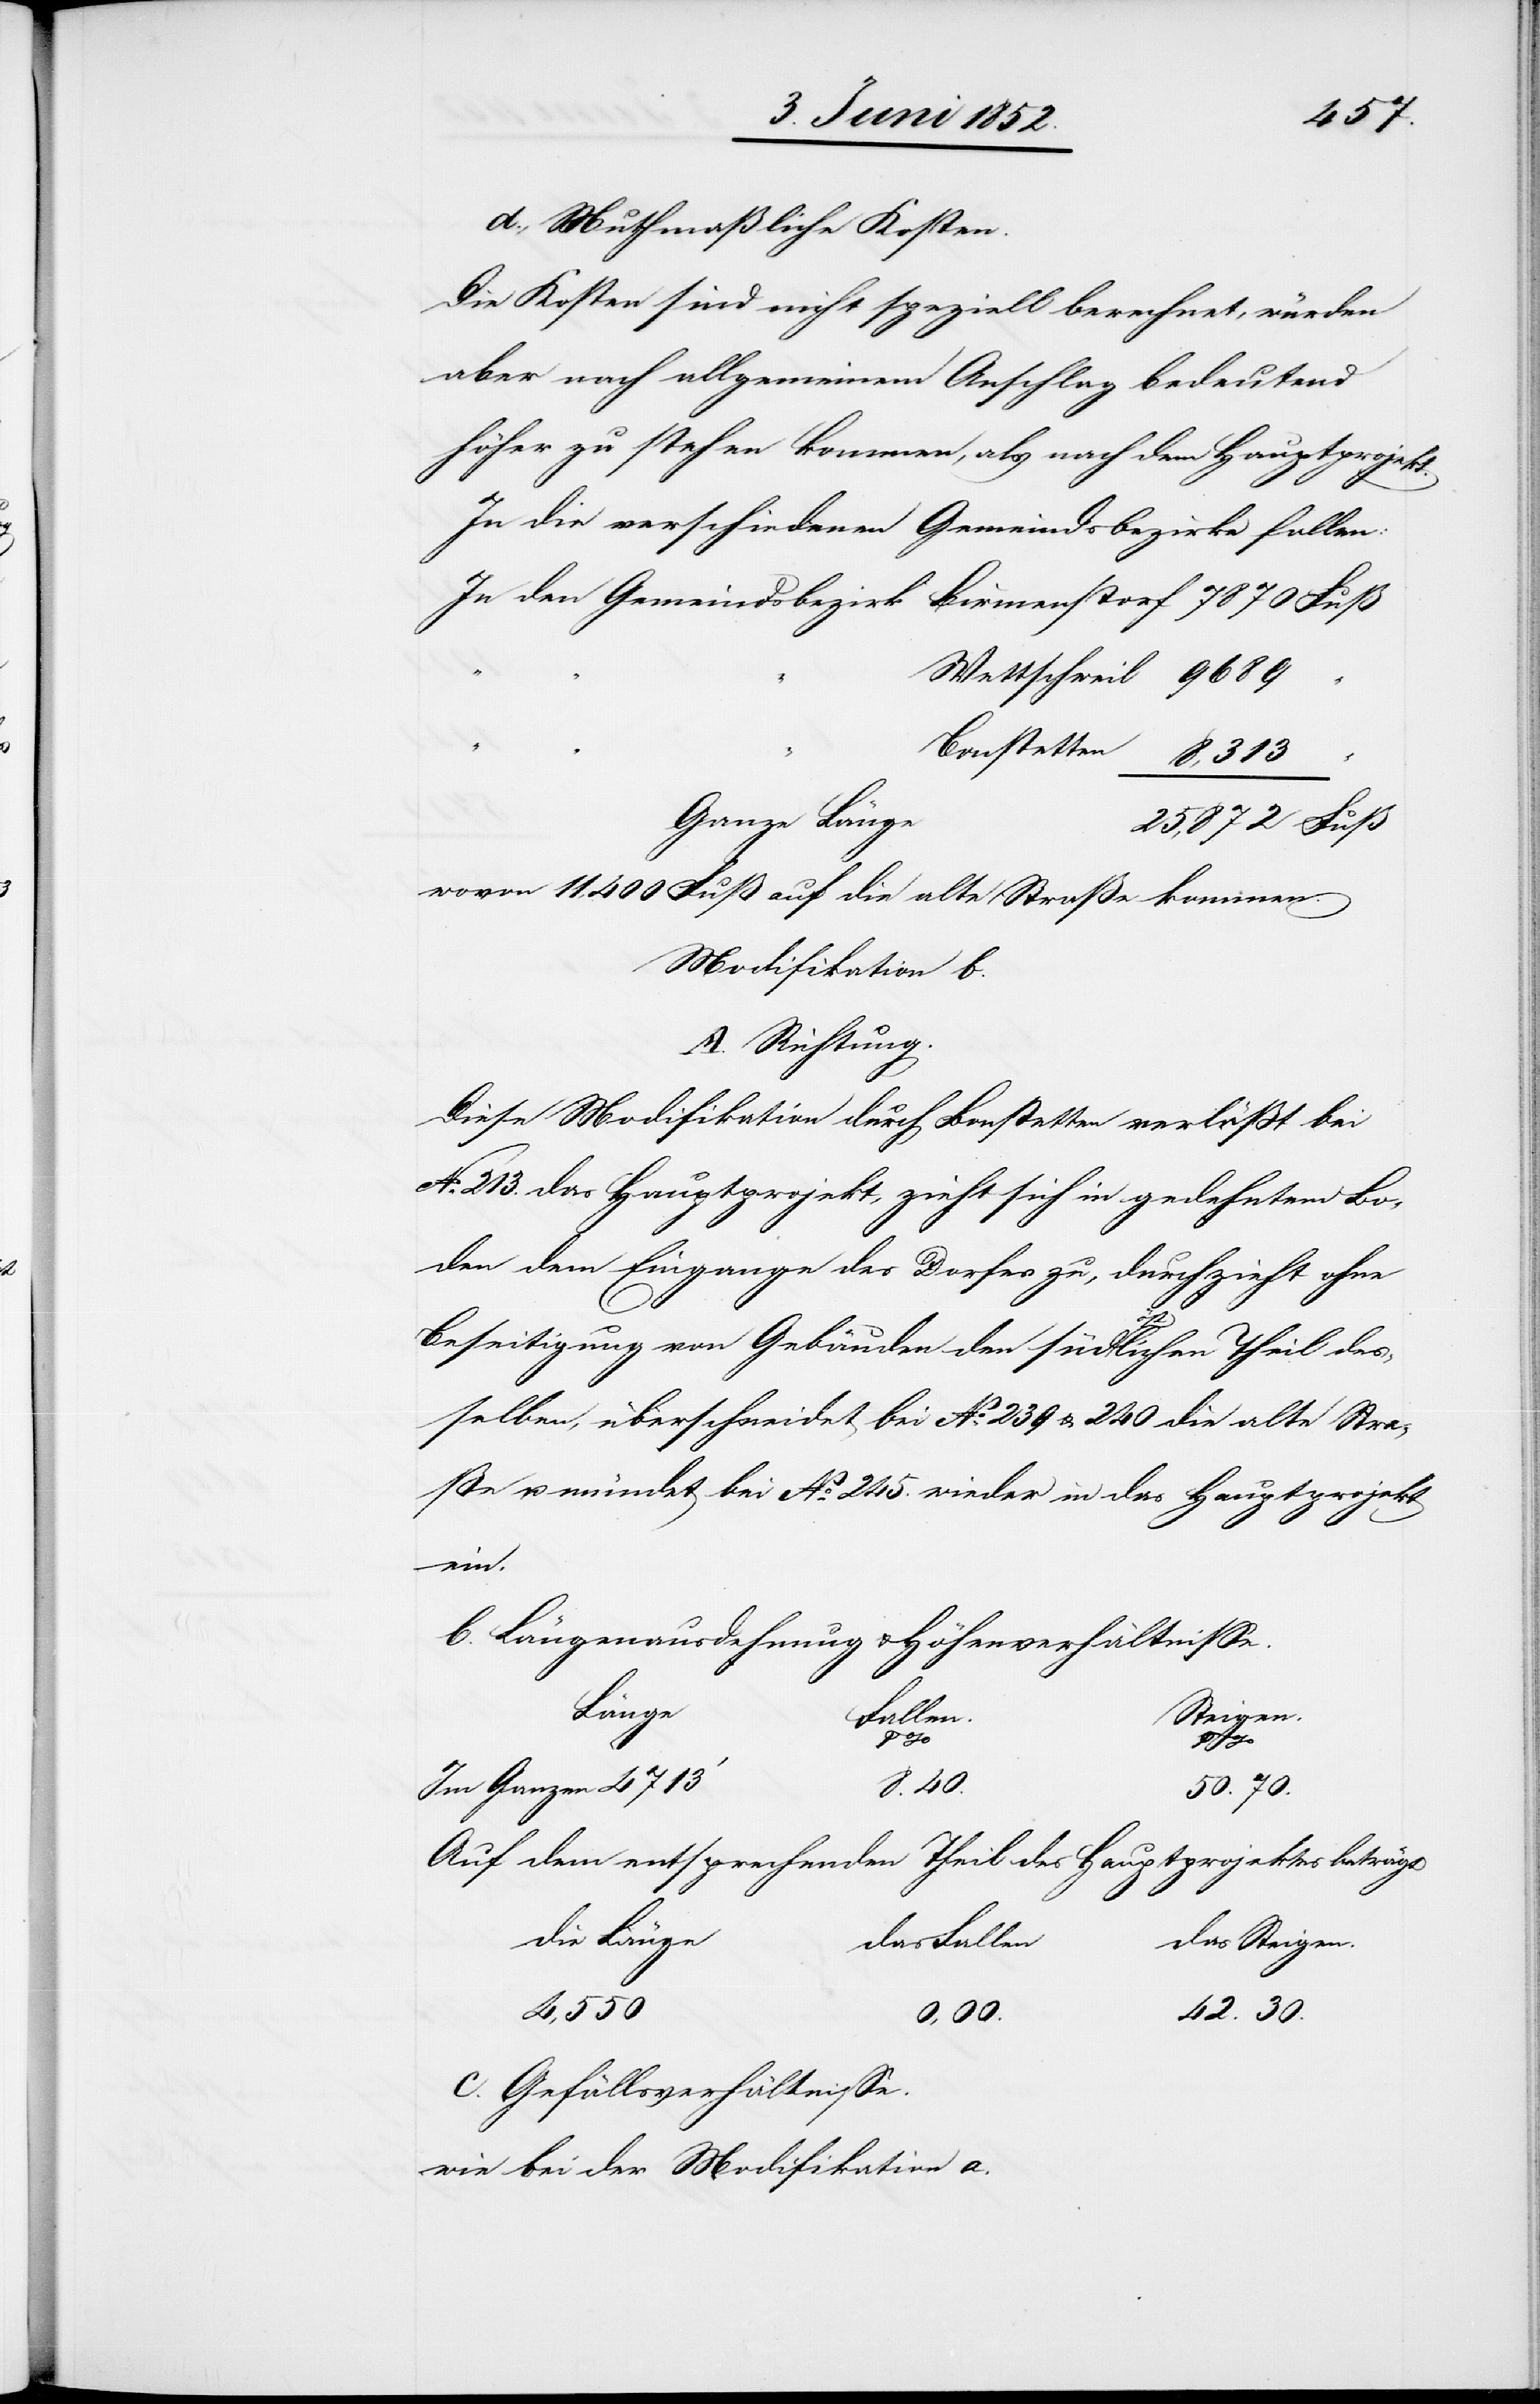
7870
d., Muthmaßliche Kosten.
Die Kosten sind nicht speziell berechnet, würden
aber nach allgemeinem Anschlag bedeutend
höher zu stehen kommen, als nach dem Hauptprojekt.
In die verschiedenen Gemeindsbezirke fallen:
Ganze Länge
25,872 Fuß,
wovon 11,400 Fuß auf die alte Straße kommen.
Modifikation b.
A. Richtung.
Diese Modifikation durch Bonstetten verlässt bei
No. 213. das Hauptprojekt, zieht sich in gedehntem Bo¬
gen dem Eingange des Dorfes zu, durchzieht ohne
Beseitigung von Gebäuden den südöstlichen Theil des¬
selben, überschneidet bei No. 239 & 240 die alte Stra¬
ße u. mündet bei No. 245. wieder in das Hauptprojekt
ein.
b. Längenausdehnung & Höhenverhältnisse.
Länge
Steigen.
Fallen.
Bonstetten
Im Ganzen 4713‘
8.40.
50.70
Auf dem entsprechenden Theil des Hauptprojektes beträgt
die Länge
das Steigen.
das Fallen
4,550
42.30.
0,00.
c. Gefällsverhältnisse.
wie bei der Modifikation a.